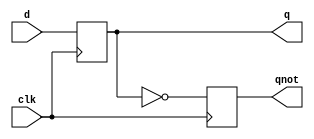
module dff ( output q, output qnot,  
input   d, input clk ); 
reg q, qnot; 
 
always @( posedge clk ) 
begin 
    q <= d;  qnot <= ~q; 
end 
 
endmodule